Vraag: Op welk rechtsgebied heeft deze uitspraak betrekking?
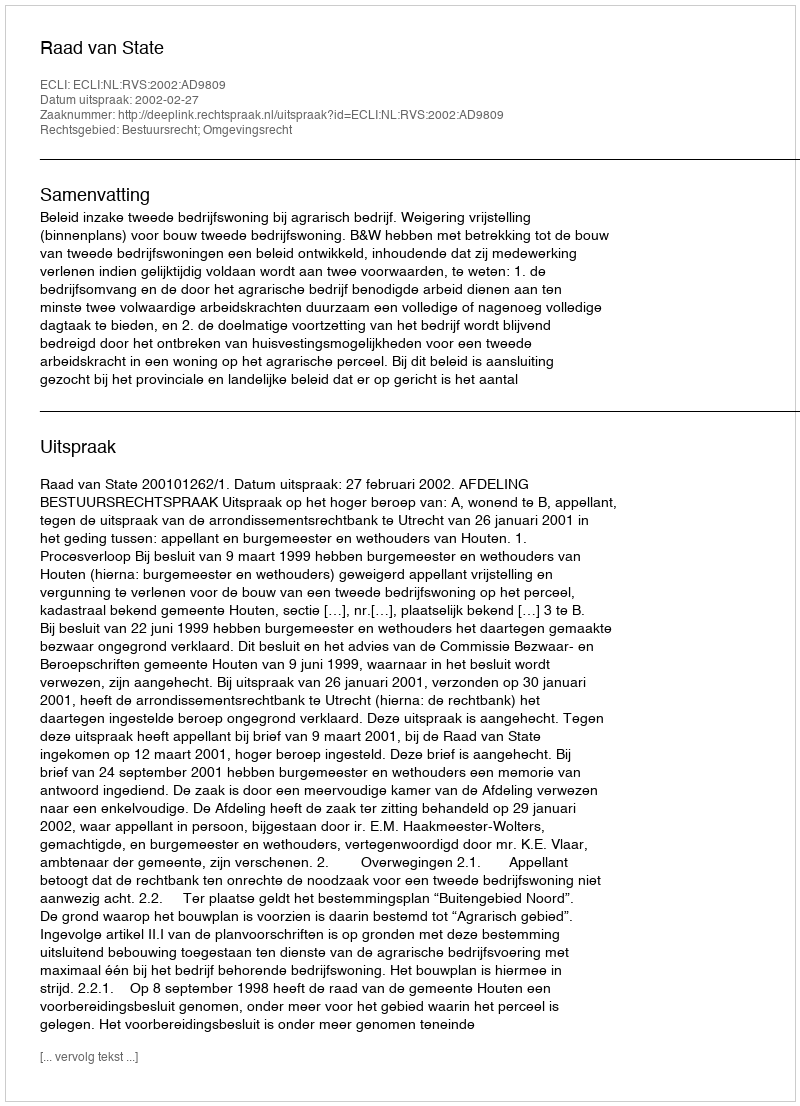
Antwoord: Bestuursrecht; Omgevingsrecht